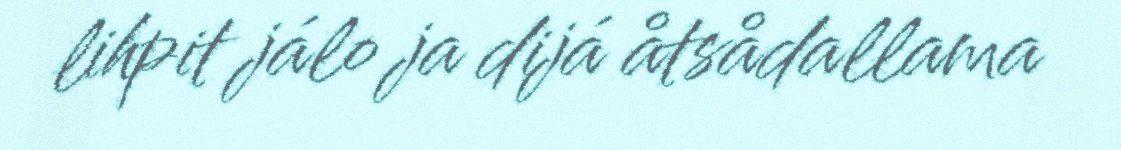
lihpit jálo ja dijá åtsådallama